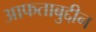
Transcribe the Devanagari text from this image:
आफताबुद्दीन